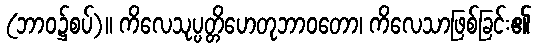
(ဘာဝ၌စပ်)။ ကိလေသုပ္ပတ္တိဟေတုဘာဝတော၊ ကိလေသာဖြစ်ခြင်း၏